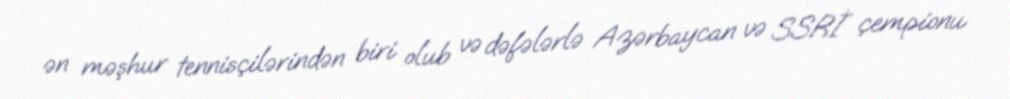
ən məşhur tennisçilərindən biri olub və dəfələrlə Azərbaycan və SSRİ çempionu